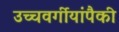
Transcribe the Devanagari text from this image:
उच्चवर्गीयांपैकी